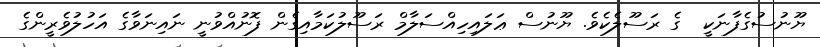
ޔޫނުސުގެފާނަކީ  ގެ ރަސޫލެކެވެ. ޔޫނުސް ޢަލައިހިއްސަލާމް ރަސޫލުކަމާއިގެން ފޮނުއްވުނީ ނައިނަވާގެ އަހުލުވެރީންގެ